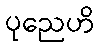
ပုညေဟိ